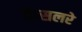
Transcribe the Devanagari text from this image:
केसलरे